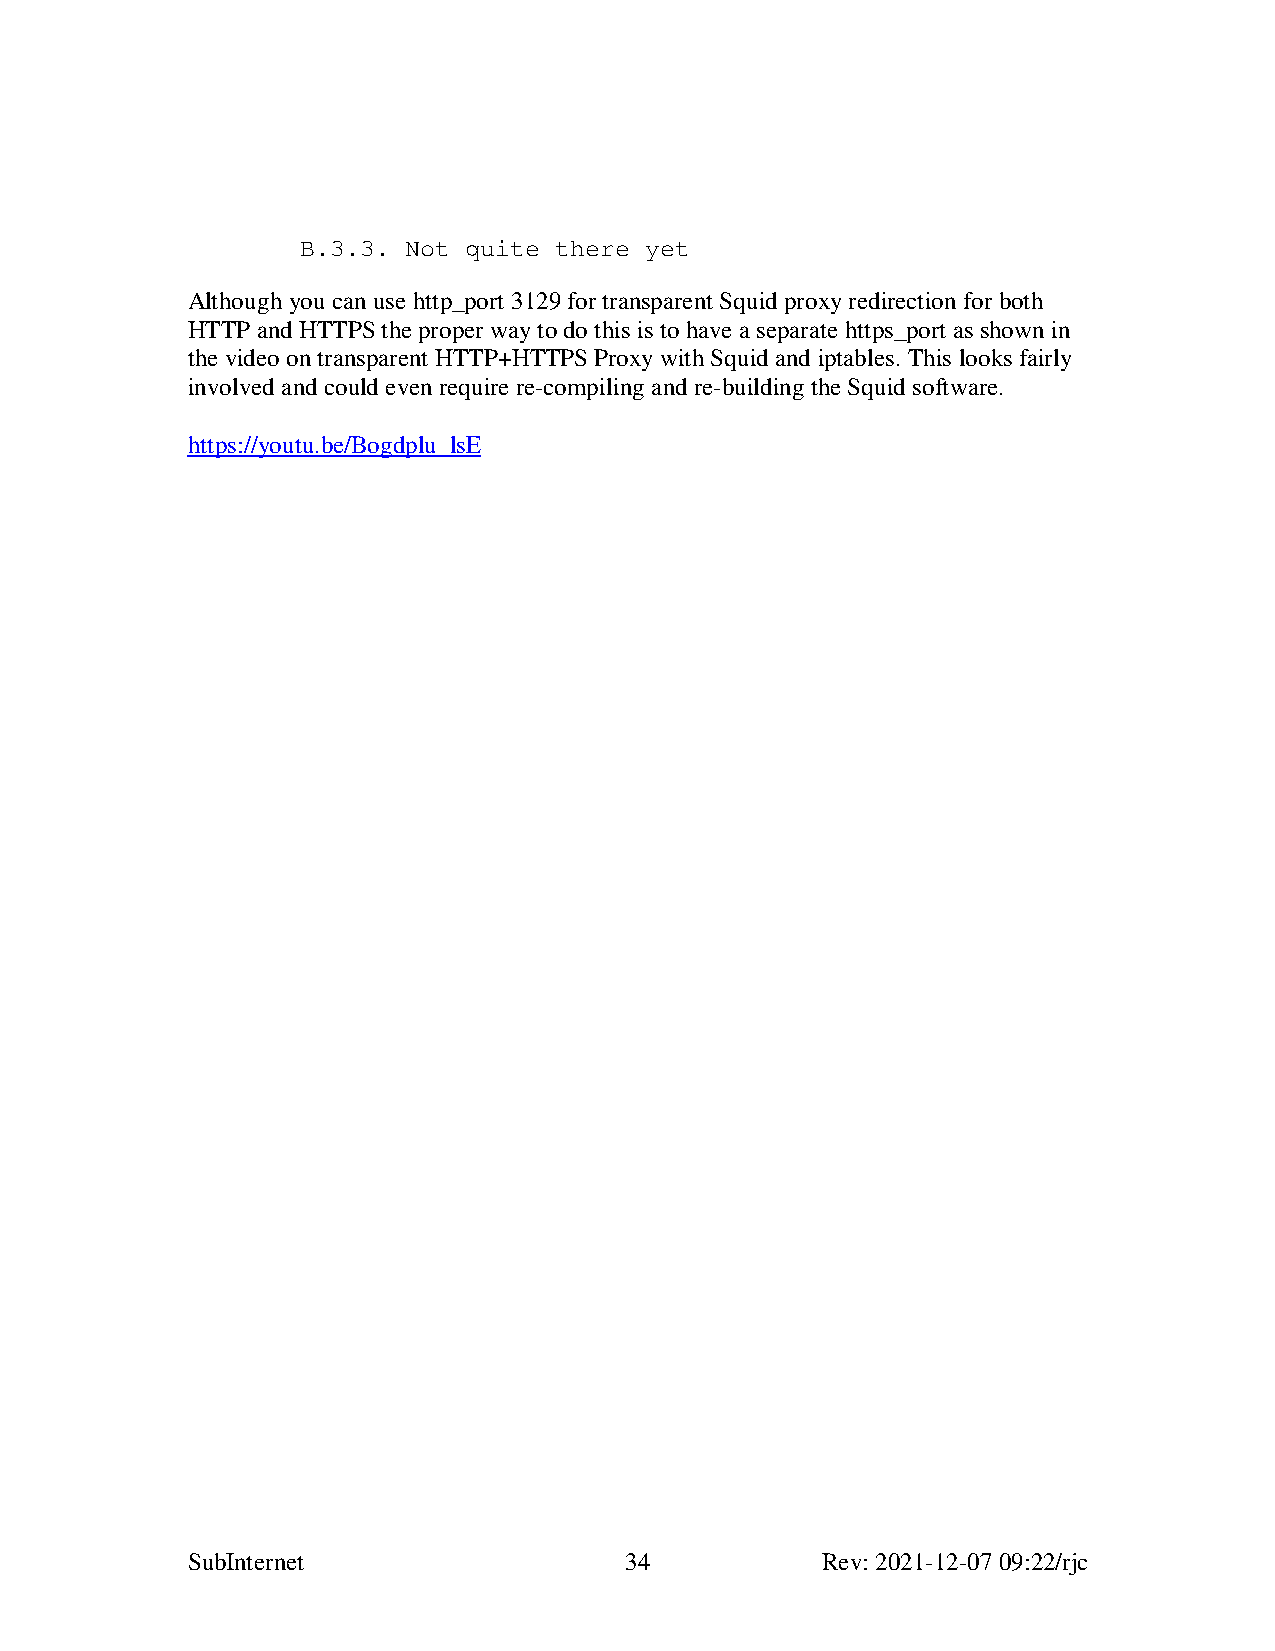
B.3.3. Not quite there yet
 Although you can use http_port 3129 for transparent Squid proxy redirection for both
 HTTP and HTTPS the proper way to do this is to have a separate https_port as shown in
 the video on transparent HTTP+HTTPS Proxy with Squid and iptables. This looks fairly
 involved and could even require re-compiling and re-building the Squid software.
 https://youtu.be/Bogdplu_lsE
 SubInternet                  34           Rev: 2021-12-07 09:22/rjc